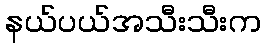
နယ်ပယ်အသီးသီးက